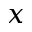
x